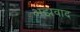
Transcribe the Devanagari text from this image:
अझवाद